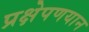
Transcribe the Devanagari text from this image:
प्रक्षेपणयान